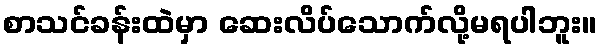
စာသင်ခန်းထဲမှာ ဆေးလိပ်သောက်လို့မရပါဘူး။